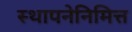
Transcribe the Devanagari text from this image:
स्थापनेनिमित्त